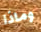
وماذا